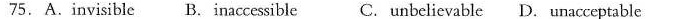
75.A.Invisible B.InaccessibleC. Unbelievable D. Unacceptable